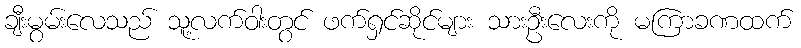
ချီးမွမ်းလေသည် သူ့လက်ဝါးတွင် ဖက်ရှင်ဆိုင်များ သားဦးလေးကို မကြာခဏထက်